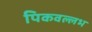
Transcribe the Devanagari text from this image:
पिकवल्लभ